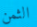
الثمن